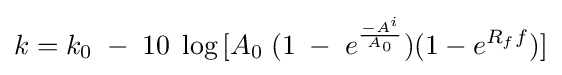
k=k_{0}\;-\;10\;\log {[A_{0}\;(1\;-\;e^{\frac {-A^{i}}{A_{0}}})(1-e^{R_{f}f})]}